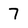
Character: 7